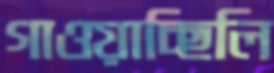
গাওয়াচ্ছিলি